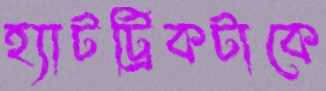
হ্যাটট্রিকটাকে